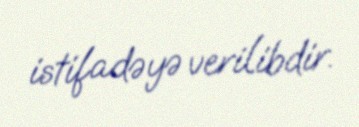
istifadəyə verilibdir.